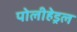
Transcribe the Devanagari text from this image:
पोलीहेड्रल